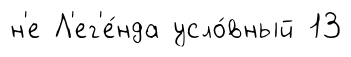
н'е Л'ег'е́нда усло́вный 13